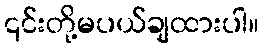
၎င်းတို့မပယ်ချထားပါ။